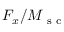
F _ { x } / M _ { \mathrm { ~ s ~ c ~ } }